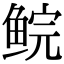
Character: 鲩